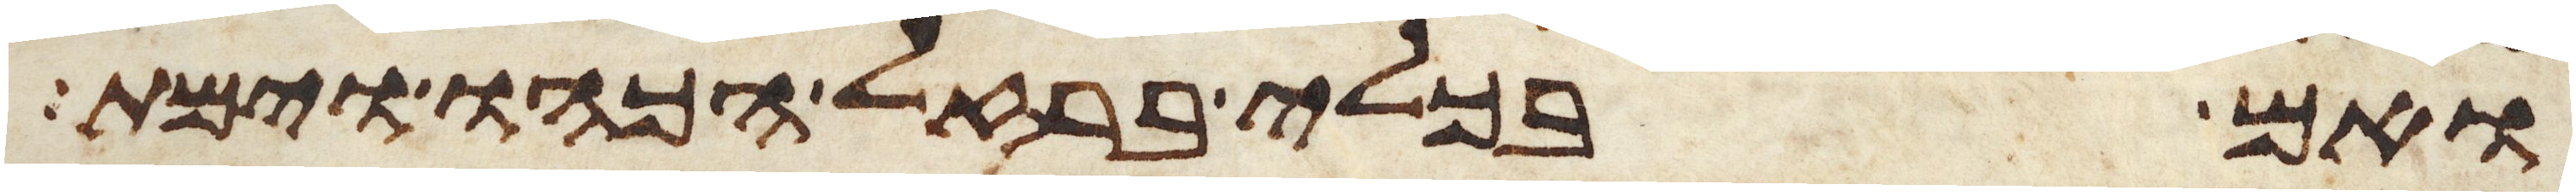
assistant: ואם בכלי ברזל הכהו וימת